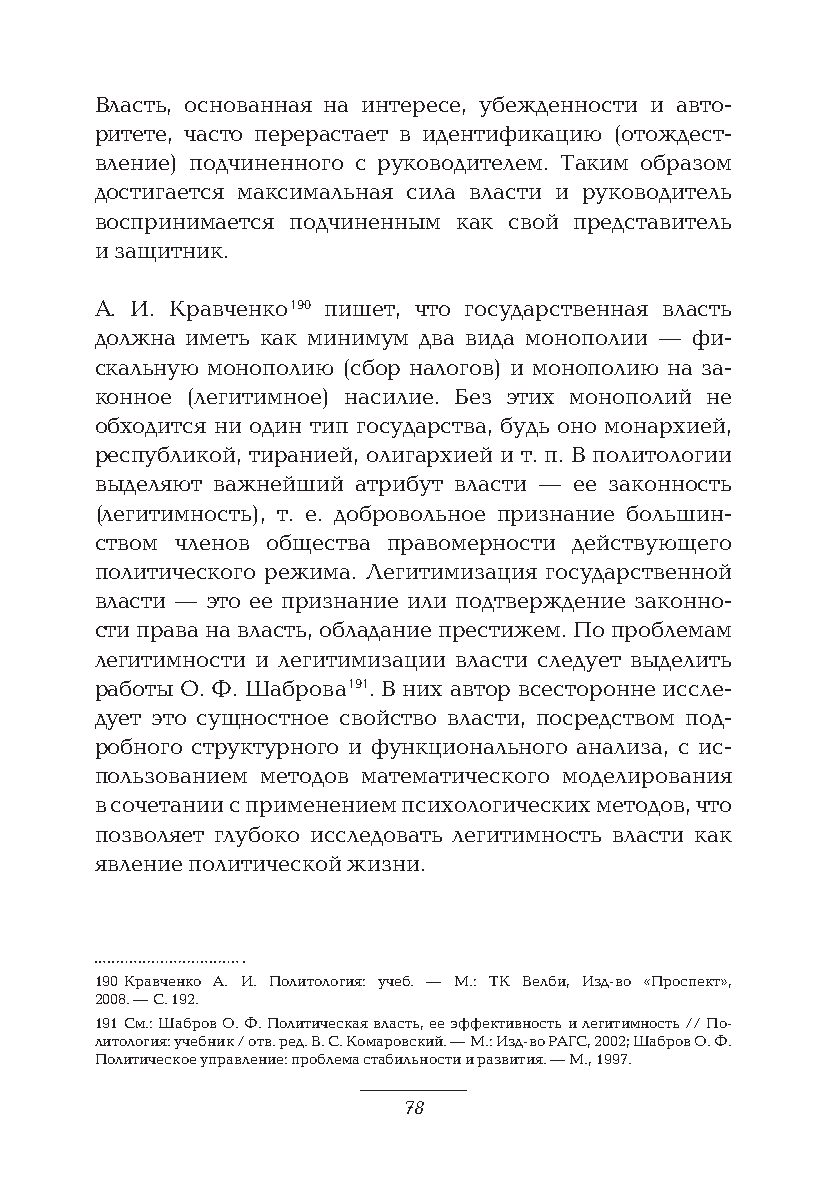
Власть, основанная на интересе, убежденности и авто-
 ритете, часто перерастает в идентификацию (отождест-
 вление) подчиненного с руководителем. Таким образом
 достигается максимальная сила власти и руководитель
 воспринимается подчиненным как свой представитель
 и защитник.
 А. И. Кравченко 190 пишет, что государственная власть
 должна иметь как минимум два вида монополии — фи-
 скальную монополию (сбор налогов) и монополию на за-
 конное (легитимное) насилие. Без этих монополий не
 обходится ни один тип государства, будь оно монархией,
 республикой, тиранией, олигархией и т. п. В политологии
 выделяют важнейший атрибут власти — ее законность
 (легитимность), т. е. добровольное признание большин-
 ством членов общества правомерности действующего
 политического режима. Легитимизация государственной
 власти — это ее признание или подтверждение законно-
 сти права на власть, обладание престижем. По проблемам
 легитимности и легитимизации власти следует выделить
 работы О. Ф. Шаброва 191. В них автор всесторонне иссле-
 дует это сущностное свойство власти, посредством под-
 робного структурного и функционального анализа, с ис-
 пользованием методов математического моделирования
 в сочетании с применением психологических методов, что
 позволяет глубоко исследовать легитимность власти как
 явление политической жизни.
 190 Кравченко А. И. Политология: учеб. — М.: ТК Велби, Изд-во «Проспект»,
 2008. — С. 192.
 191 См.: Шабров О. Ф. Политическая власть, ее эффективность и легитимность // По-
 литология: учебник / отв. ред. В. С. Комаровский. — М.: Изд-во РАГС, 2002; Шабров О. Ф.
 Политическое управление: проблема стабильности и развития. — М., 1997.
 78